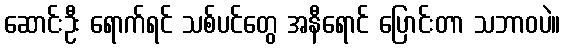
ဆောင်းဦး ရောက်ရင် သစ်ပင်တွေ အနီရောင် ပြောင်းတာ သဘာဝပဲ။